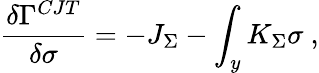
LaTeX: {\frac{\delta\Gamma^{CJT}}{\delta\sigma}}=-J_{\Sigma}-\int_{y}K_{\Sigma}\sigma~,